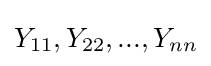
Y_{11},Y_{22},...,Y_{nn}